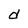
Character: d